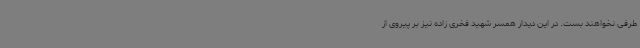
طرفی نخواهند بست. در این دیدار همسر شهید فخری زاده نیز بر پیروی از